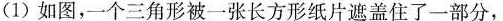
(1)如图，一个三角形被一张长方形纸片遮盖住了一部分，